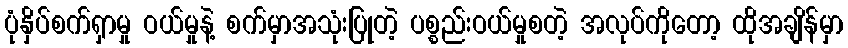
ပုံနှိပ်စက်ရှာမှု ဝယ်မှုနဲ့ စက်မှာအသုံးပြုတဲ့ ပစ္စည်းဝယ်မှုစတဲ့ အလုပ်ကိုတော့ ထိုအချိန်မှာ